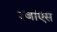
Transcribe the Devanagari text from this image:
३जीएस